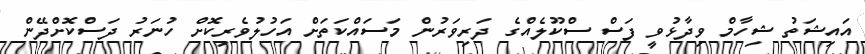
އައިޝަތު ޝިހާމް ވިދާޅުވީ ފަސް ސްކޫލެއްގެ ދަރިވަރުން މަސައްކަތަށް އަހުލުވެރިކޮށް ހުނަރު ދަސްކޮށްދޭން